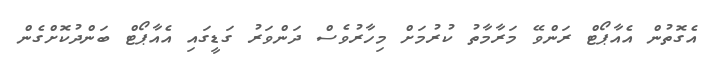
އެގޮތުން އެއާޕޯޓް ރަންވޭ މަރާމާތު ކުރުމަށް މިހާރުވެސް ދަންވަރު ގަޑީގައި އެއާޕޯޓް ބަންދުކޮށްގެން